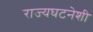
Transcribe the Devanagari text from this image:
राज्यघटनेशी